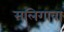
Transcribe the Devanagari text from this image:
मलिगावा